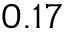
0 . 1 7